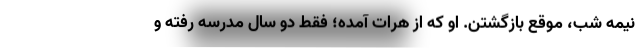
نیمه شب، موقع بازگشتن. او که از هرات آمده؛ فقط دو سال مدرسه رفته و